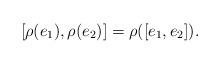
LaTeX: \begin{gather*}[\rho(e_1), \rho(e_2)]= \rho([e_1, e_2]).\end{gather*}